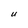
Character: U